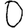
Digit: 0